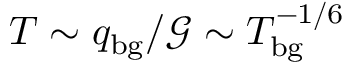
T \sim q _ { \mathrm { b g } } / \mathcal { G } \sim T _ { \mathrm { b g } } ^ { - 1 / 6 }